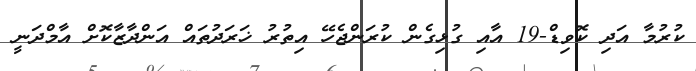
ކުރުމާ އަދި ކޮވިޑް-19 އާއި ގުޅިގެން ކުރަންޖެހޭ އިތުރު ޚަރަދުތައް އަންދާޒާކޮށް އާމްދަނީ